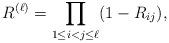
LaTeX: \begin{align*} R^{(\ell)} = \prod_{1\leq i<j\leq \ell} (1-R_{ij}),\end{align*}